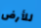
للأرض